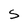
Character: S